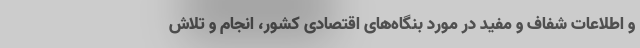
و اطلاعات شفاف و مفید در مورد بنگاه‌های اقتصادی کشور، انجام و تلاش